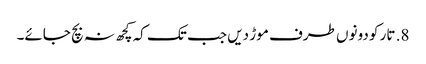
8. تار کو دونوں طرف موڑ دیں جب تک کہ کچھ نہ بچ جائے۔